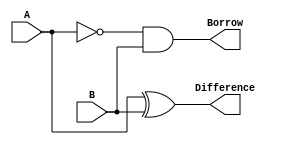
`timescale 1ns / 1ps
module halfsubtractor(A,B,Borrow,Difference);
input A,B;
wire Abar;
output Borrow,Difference;
not U1(Abar,A);
xor U2(Difference,A,B);
and U3(Borrow,Abar,B);
endmodule